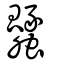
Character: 瓥